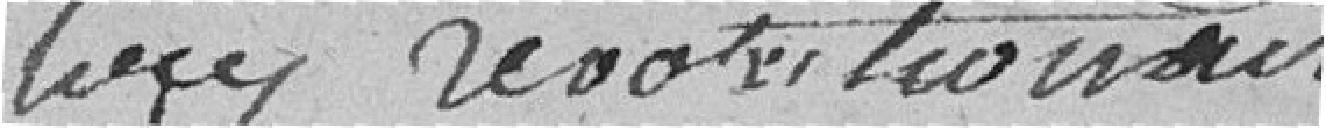
lois revoter les maires de la République et de